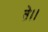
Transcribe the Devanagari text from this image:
ते।।